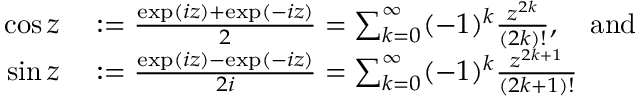
\begin{array} { r l } { \cos z } & { { } : = { \frac { \exp ( i z ) + \exp ( - i z ) } { 2 } } = \sum _ { k = 0 } ^ { \infty } ( - 1 ) ^ { k } { \frac { z ^ { 2 k } } { ( 2 k ) ! } } , \quad { \mathrm { a n d } } } \\ { \sin z } & { { } : = { \frac { \exp ( i z ) - \exp ( - i z ) } { 2 i } } = \sum _ { k = 0 } ^ { \infty } ( - 1 ) ^ { k } { \frac { z ^ { 2 k + 1 } } { ( 2 k + 1 ) ! } } } \end{array}